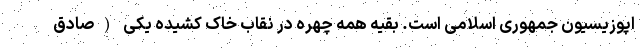
اپوزیسیون جمهوری اسلامی است. بقیه همه چهره در نقاب خاک کشیده یکی (صادق